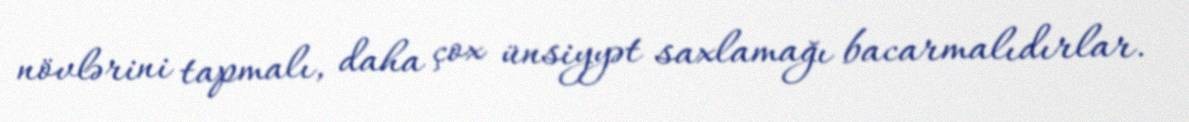
növlərini tapmalı, daha çox ünsiyyət saxlamağı bacarmalıdırlar.